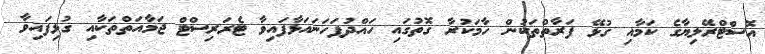
އޮސްޓްރޭލިޔާގެ ކަމާއި ގުޅޭ ފަރާތްތަކުން ހާމަކުރާ ގޮތުގައި ހައްދުފަހަނައަޅާފައިވާ ޓެރަރިސްޓް ޖަމާއަތްތަކާއި ގުޅިފައިވާ